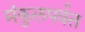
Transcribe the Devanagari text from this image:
मंकुलपर्वत